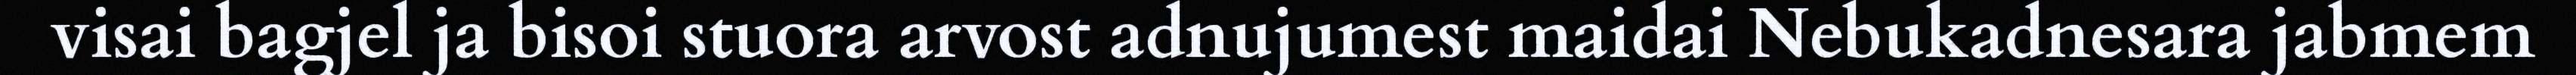
visai bagjel ja bisoi stuora arvost adnujumest maidai Nebukadnesara jabmem